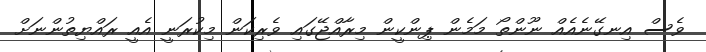
ވެސް އިނގޭނެއެއް ނޫންތޯ މަމެން ޕިންކީން މިރާއްޖޭގައި ވެރިކަން މިކުރަނީ އެއީ ރައްޔިތުންނަށް